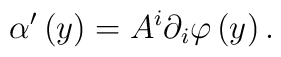
\alpha ^{\prime }\left( y\right) =A^{i}\partial _{i}\varphi \left( y\right) .